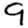
Digit: 9